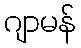
ဂျာမန်